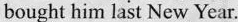
bought him last New Year.